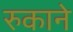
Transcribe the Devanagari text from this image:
रुकाने